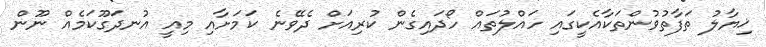
ޚިޔާލު ތަފާތުވުންތަކާއެކީގައި ހައްލުތައް ހޯދައިގެން ކުރިއަށް ދެވޭނެ ކަމަށާއި މިއީ އުނދަގޫކަމެއް ނޫން